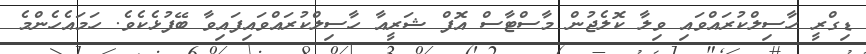
ޑިގްރީ ހާސިލްކުރައްވައި ވިލާ ކޮލެޖުން މާސްޓާސް އޮފް ޝަރީއާ ހާސިލްކުރައްވައިފައިވާ ބޭފުޅެކެވެ. ހަމައެހެންމެ